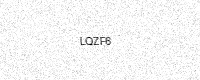
Text: LQZF6